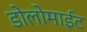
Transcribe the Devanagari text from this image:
डोलोमाईट